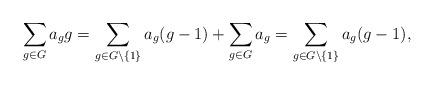
LaTeX: \begin{align*} \sum_{g \in G} a_g g = \sum_{g \in G \setminus \{1\}} a_g(g - 1) + \sum_{g \in G} a_g = \sum_{g \in G \setminus \{1\}} a_g(g - 1),\end{align*}